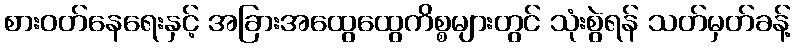
စားဝတ်နေရေးနှင့် အခြားအထွေထွေကိစ္စများတွင် သုံးစွဲရန် သတ်မှတ်ခန့်